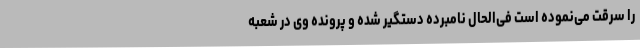
را سرقت می‌نموده است فی‌الحال نامبرده دستگیر شده و پرونده وی در شعبه